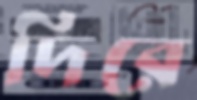
দিরে